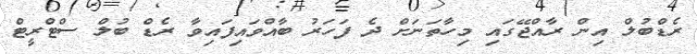
ރެޑްބުލް އިން ރާއްޖޭގައި މިހާތަނަށް ދެ ފަހަރު ބާއްވައިފައިވާ ރެޑް ބުލް ސްޓްރީޓް